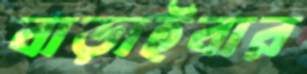
বাড়াইবার